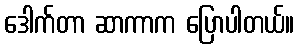
ဒေါက်တာ ဆာကာက ပြောပါတယ်။